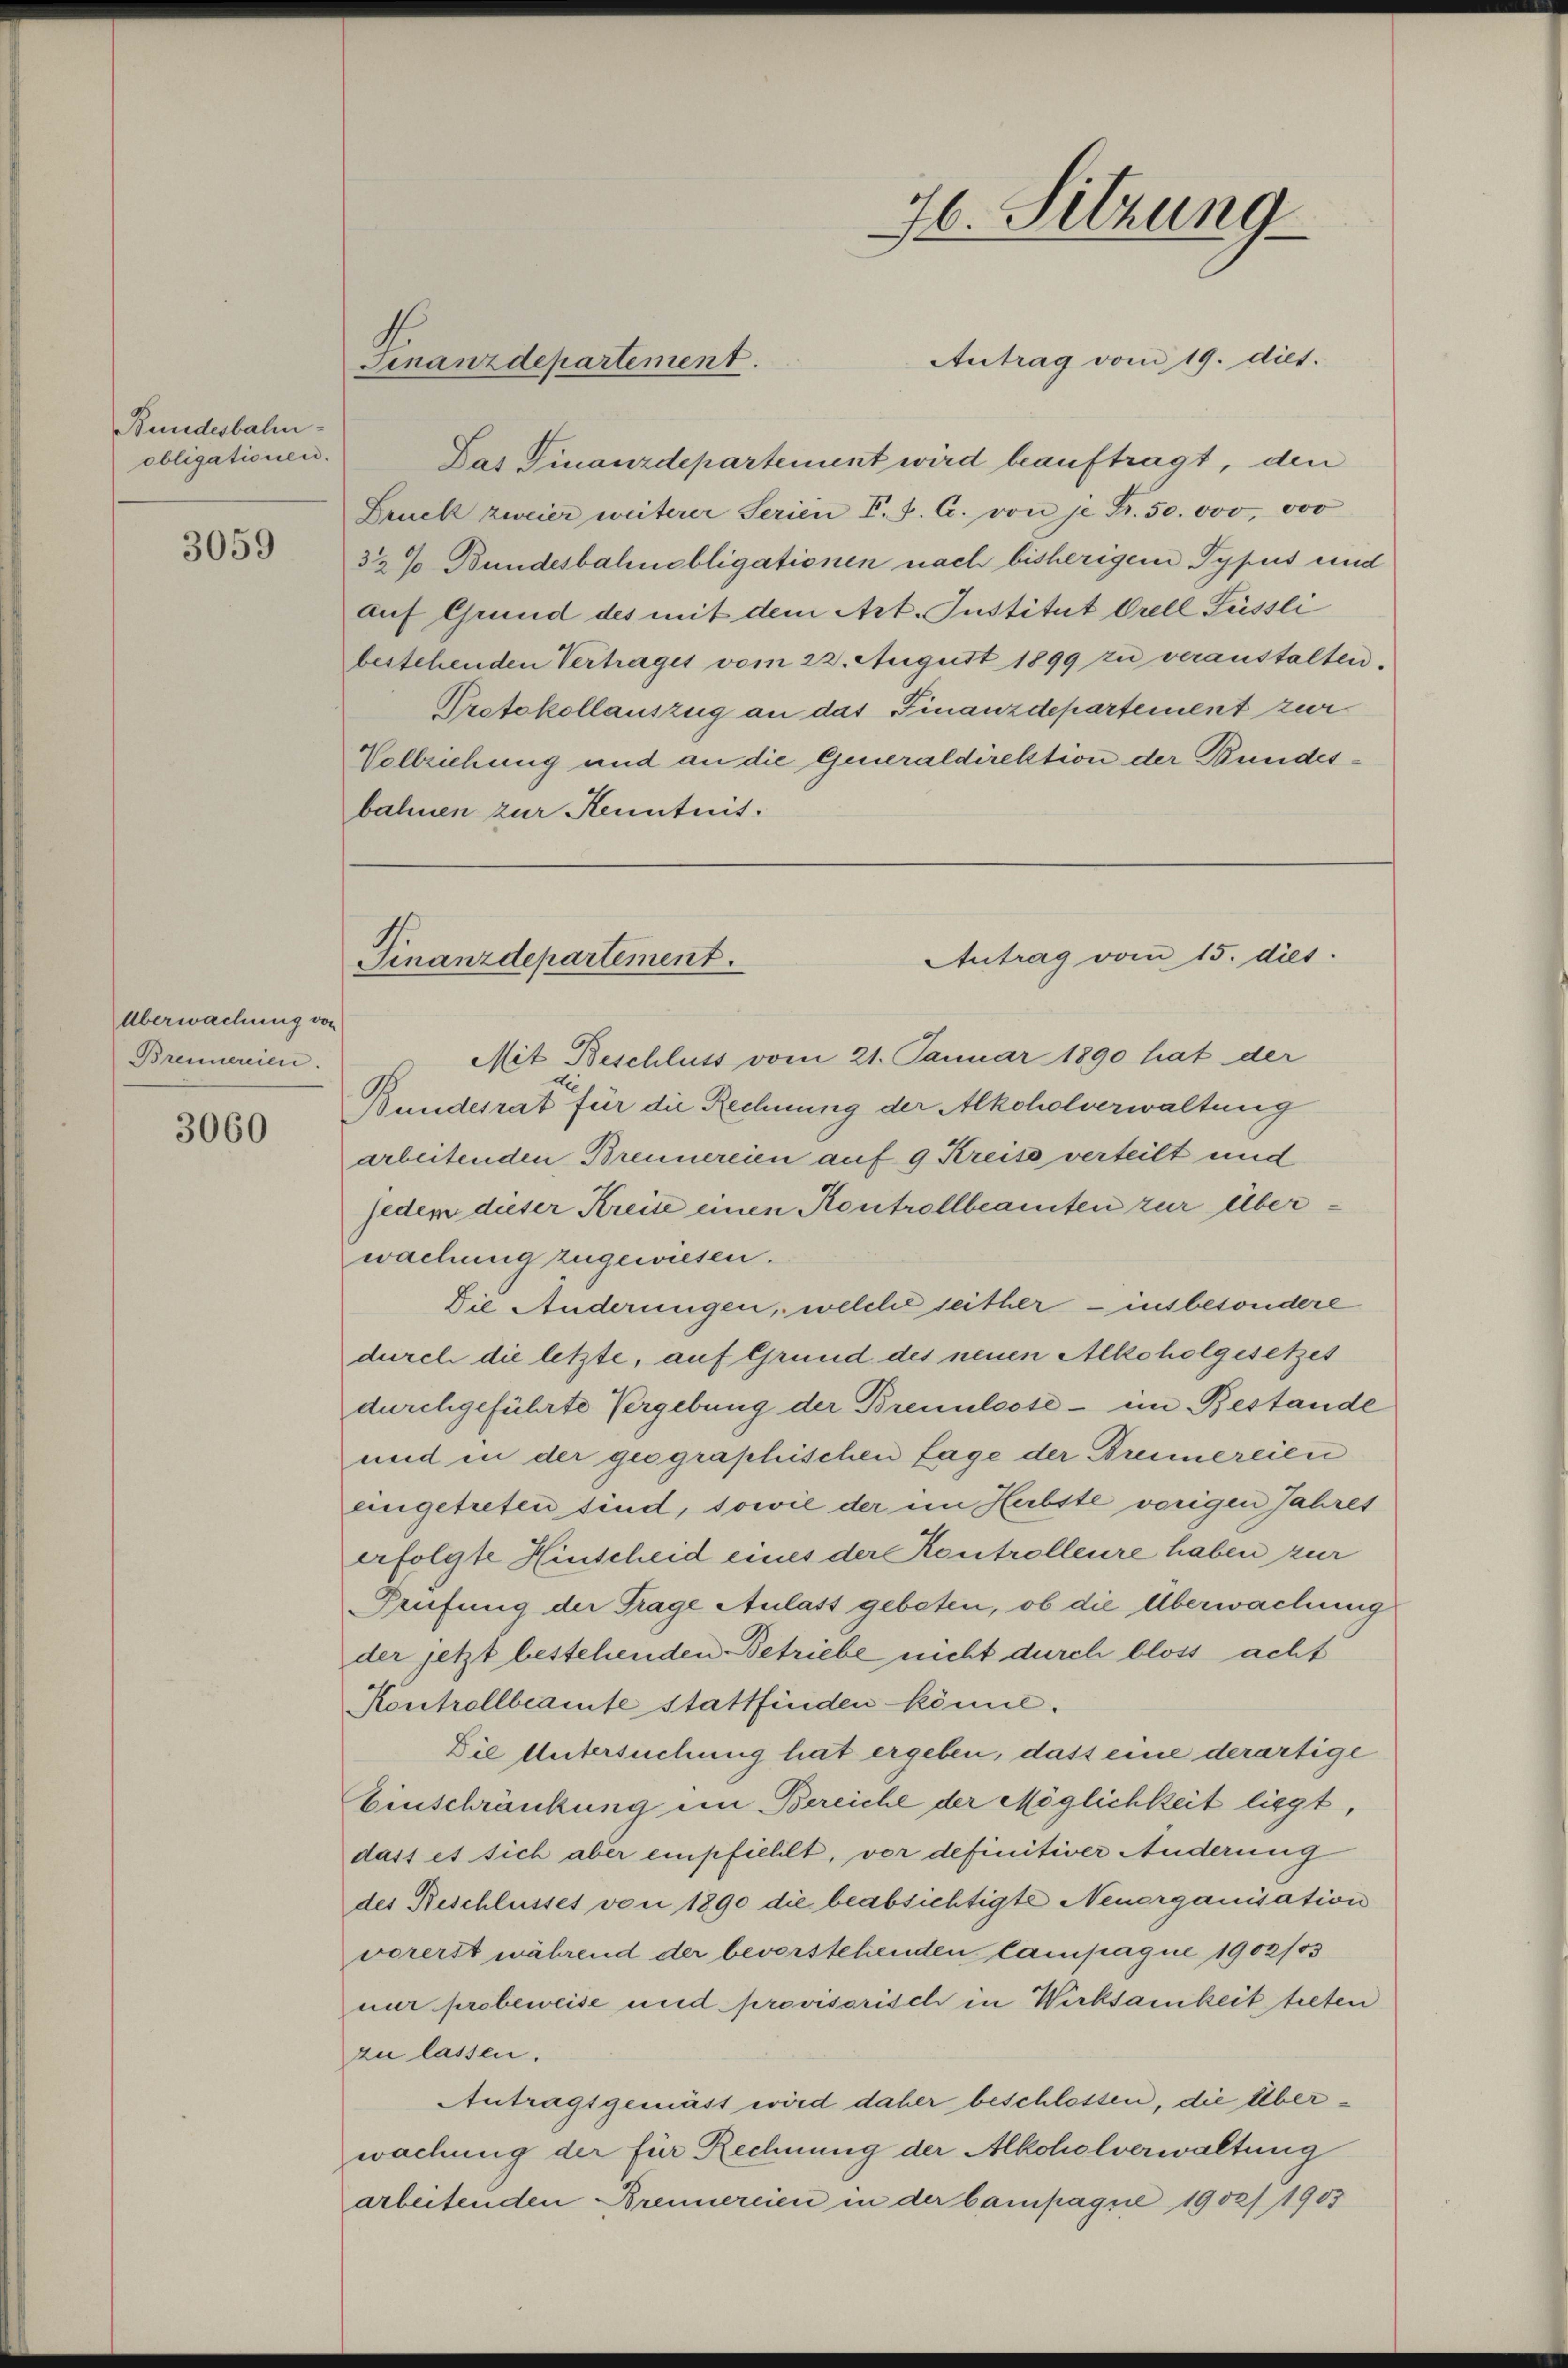
Bundesbahn-
obligationen.

3059

Überwachung von
Brennereien.

3060

Antrag vom 19. diet.
Das Finanzdepartement wird beauftragt, den
Bruck zweier weiterer Serien P. F. C. von je Fr. 50. 000, vo
32% Bundesbahnobligationen nach bisherigem Typus und
auf Grund des mit dem Art. Institut Orell Füssli
bestehenden Vertrages vom 22. August 1899 zu veranstalten.
Protokollauszug an das Finanzdepartement zur
Vollziehung und an die Generaldirektion der Bundesbahnen zur Kenntnis.

Finanzdepartement.

H. Sitzung

Antrag vom 15. dies
Finanzdepartement.

Mit Beschluss vom 21. Januar 1890 hat der
Bundesrat für die Rechnung der Alkoholverwaltung
arbeitenden Brennereien auf 9 Kreise verteilt und
jedem dieser Kreise einen Kontrollbeamten zur Überwachung zugewiesen.
Die Anderungen, welche seither - insbesondere
durch die letzte, auf Grund des neuen Alkoholgesetzet
durchgeführte Vergebung der Brennlose - im Bestande
und in der geographischen Lage der Breimereien
eingetreten sind, sowie der im Herbste vorigen Jahres
erfolgte Hinscheid eines der Kontrolleure haben zur
Prüfung der Trage Aulast geboten, ob die Überwachung
der jetzt bestehenden Betriebe nicht durch bloss acht
Kontrollbeamte stattfinden könne.
Die Untersuchung hat ergeben, daß eine derartige
Einschränkung im Bereiche der Möglichkeit liegt,
dass et sich aber empfiehlt, vor definitiver Anderung
des Beschlusses von 1890 die beabsichtigte Neuorganisation
vorerst während der bevorstehenden Campagne 1902/03
nur probeweise und provisorisch in Wirksamkeit treten
zu lassen.
Antragsgemäss wird daher beschlossen, die Überwachung der für Rechnung der Alkoholverwaltung
arbeitenden Brennereien in der Campagne 1902/1903